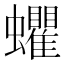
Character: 蠷